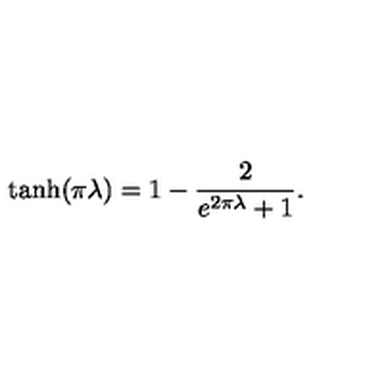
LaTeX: \tanh ( \pi \lambda ) = 1 - \frac 2 { e ^ { 2 \pi \lambda } + 1 } .